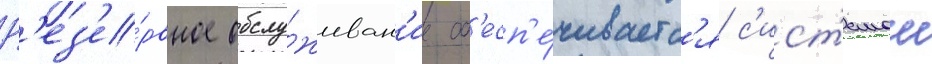
Р'ез'е́рвное обслу́живан'ие об'есп'е́чиваетс'я с'ист'емои